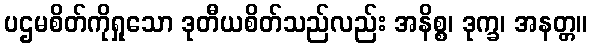
ပဌမစိတ်ကိုရှုသော ဒုတီယစိတ်သည်လည်း အနိစ္စ၊ ဒုက္ခ၊ အနတ္တ။